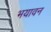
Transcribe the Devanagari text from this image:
भयावन